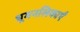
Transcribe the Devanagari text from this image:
धूमनलिकाएँ